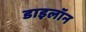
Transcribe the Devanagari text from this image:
डाइलॉन